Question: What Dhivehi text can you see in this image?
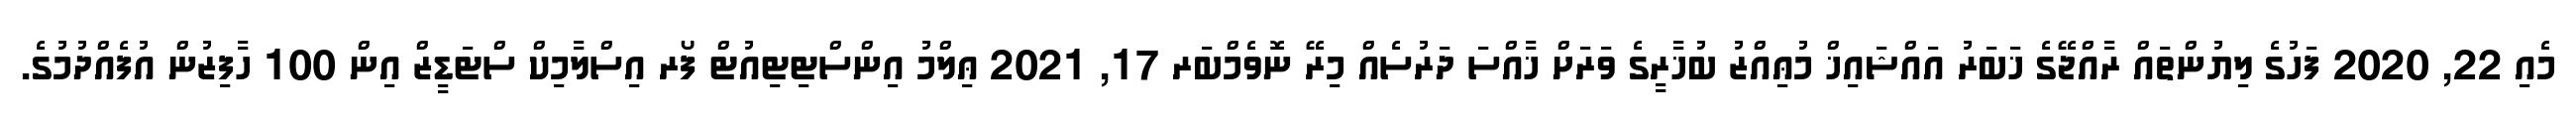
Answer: މެއި 22, 2020 ފަހުގެ ލިޔުންތައް ރާއްޖޭގެ ޚަބަރު އައްޝައިޚް މުޢިއްޒު ބުޚާރީގެ ވަރަށް ޚާއްސަ ދަރުސެއް މިރޭ ނޮވެމްބަރ 17, 2021 ޢިލްމު އިންސްޓިޓިއުޓް ފޯރ އިސްލާމިކް ސްޓަޑީޒް އިން 100 ހާފިޒުން އުފެއްދުމުގެ.